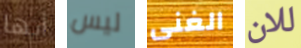
أيها ليس الغنى للان